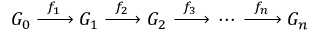
G _ { 0 } \; { \xrightarrow { \ f _ { 1 } \ } } \; G _ { 1 } \; { \xrightarrow { \ f _ { 2 } \ } } \; G _ { 2 } \; { \xrightarrow { \ f _ { 3 } \ } } \; \cdots \; { \xrightarrow { \ f _ { n } \ } } \; G _ { n }